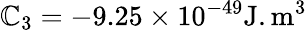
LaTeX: \mathbb{C}_{3}=-9.25\times10^{-49}\mathrm{{J.m^{3}}}